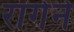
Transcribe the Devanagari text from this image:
रागेने